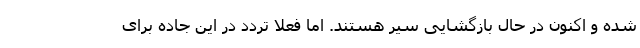
شده و اکنون در حال بازگشایی سیر هستند. اما فعلا تردد در این جاده برای